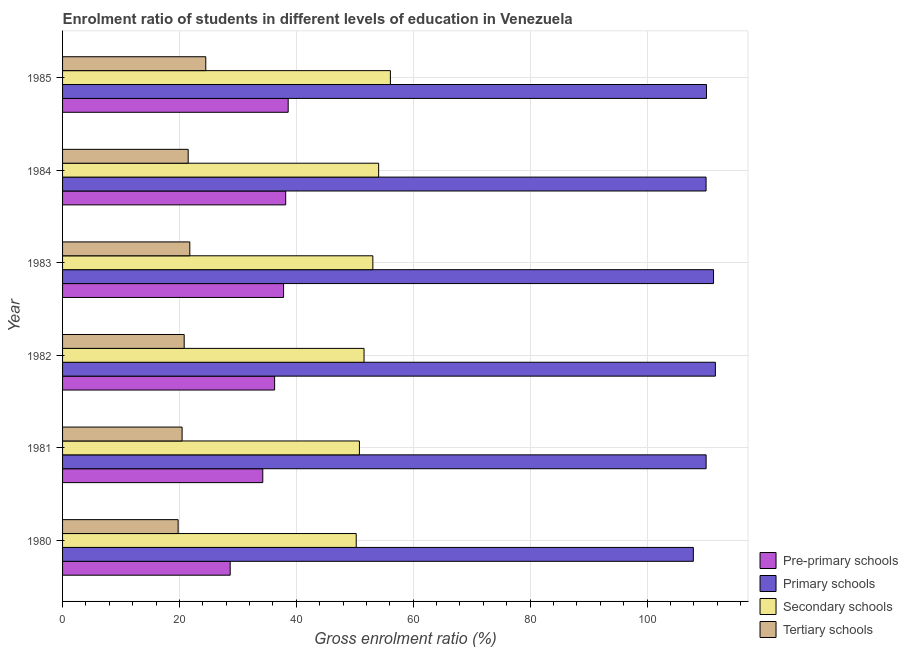
| Year | Pre-primary schools | Primary schools | Secondary schools | Tertiary schools |
 | --- | --- | --- | --- | --- |
 | 1980 | 28.7 | 108 | 50.2 | 19.8 |
 | 1981 | 34.3 | 110 | 50.8 | 20.5 |
 | 1982 | 36.3 | 112 | 51.6 | 20.8 |
 | 1983 | 37.8 | 111 | 53.1 | 21.8 |
 | 1984 | 38.2 | 110 | 54.1 | 21.5 |
 | 1985 | 38.6 | 110 | 56.1 | 24.5 |